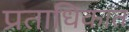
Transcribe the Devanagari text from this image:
प्रताधिकात